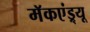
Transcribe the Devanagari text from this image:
मॅकएंड्र्यू